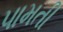
પામતી